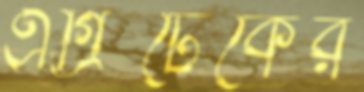
এগ্রিটেকের